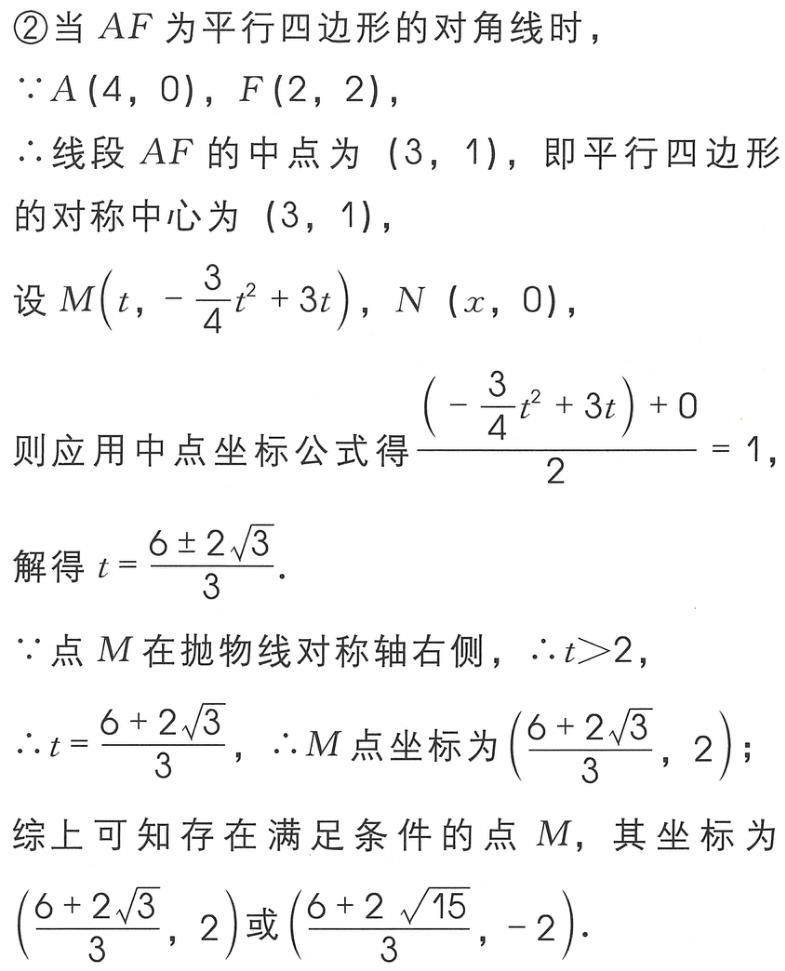
\textcircled{2}当 \(AF\) 为平行四边形的对角线时，
\(\because A(4,0)\)，\(F(2,2)\)，
\(\therefore\) 线段 \(AF\) 的中点为 \((3,1)\)，即平行四边形的对称中心为 \((3,1)\)，
设 \(M\left(t,-\dfrac{3}{4}t^{2}+3t\right)\)，\(N(x,0)\)，
则应用中点坐标公式得\(\dfrac{\left(-\dfrac{3}{4}t^{2}+3t\right)+0}{2}=1\)，
解得 \(t = \dfrac{6\pm 2\sqrt{3}}{3}\)．
\(\because\) 点 \(M\) 在抛物线对称轴右侧，\(\therefore t > 2\)，
\(\therefore t=\dfrac{6 + 2\sqrt{3}}{3}\)，\(\therefore M\) 点坐标为 \(\left(\dfrac{6 + 2\sqrt{3}}{3},2\right)\)；
综上可知存在满足条件的点 \(M\)，其坐标为 \(\left(\dfrac{6 + 2\sqrt{3}}{3},2\right)\)或\(\left(\dfrac{6 + 2\sqrt{15}}{3},-2\right)\)．